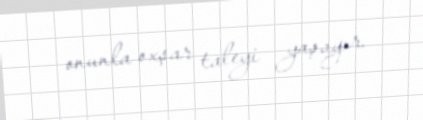
onunla oxşar taleyi yaşayır.